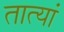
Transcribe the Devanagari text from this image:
तात्यां